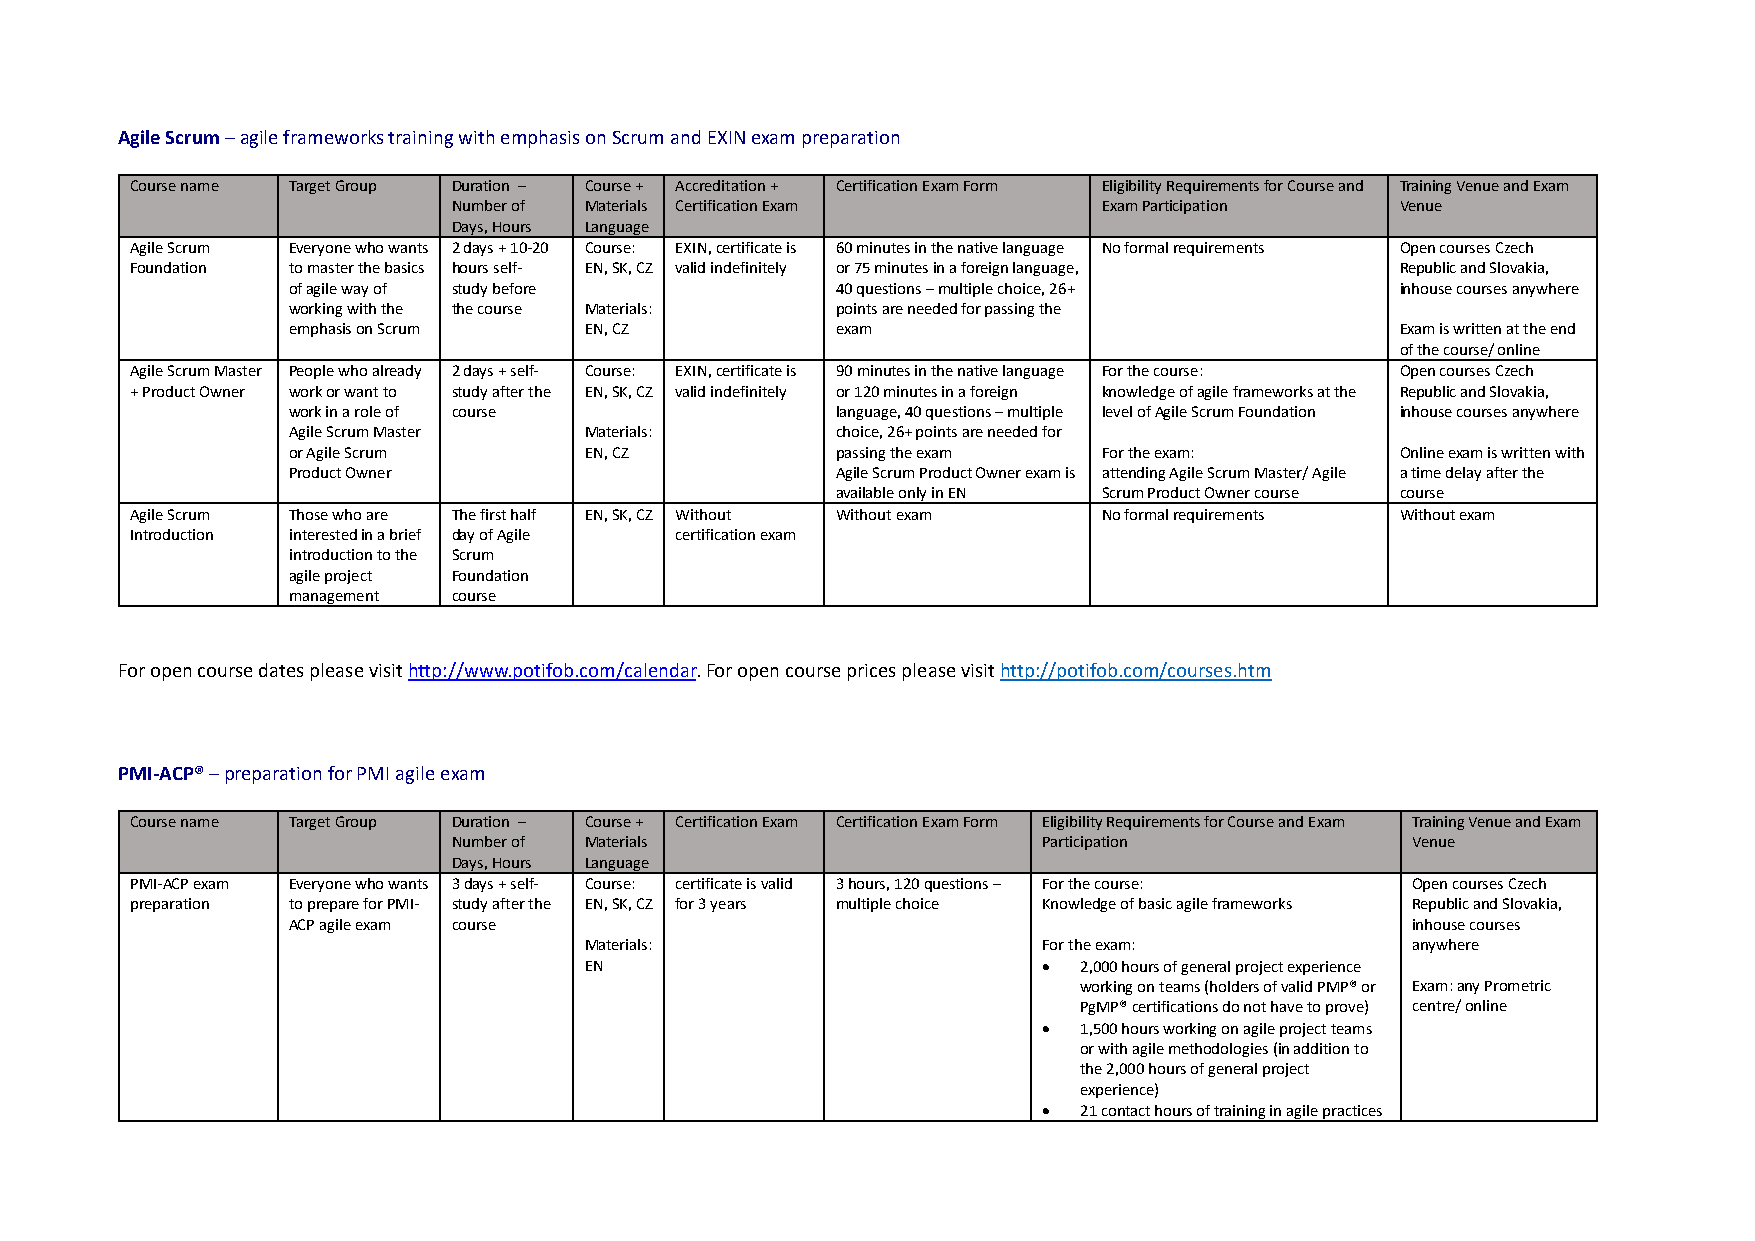
Agile Scrum – agile frameworks training with emphasis on Scrum and EXIN exam preparation
 Course name Target Group Duration – Course + Accreditation + Certification Exam Form Eligibility Requirements for Course and Training Venue and Exam
 Number of Materials Certification Exam     Exam Participation  Venue
 Days, Hours Language
 Agile Scrum Everyone who wants 2 days + 10-20 Course: EXIN, certificate is 60 minutes in the native language No formal requirements Open courses Czech
 Foundation to master the basics hours self- EN, SK, CZ valid indefinitely or 75 minutes in a foreign language, Republic and Slovakia,
 of agile way of study before        40 questions – multiple choice, 26+   inhouse courses anywhere
 working with the the course Materials: points are needed for passing the
 emphasis on Scrum   EN, CZ          exam                                  Exam is written at the end
 of the course/ online
 Agile Scrum Master People who already 2 days + self- Course: EXIN, certificate is 90 minutes in the native language For the course: Open courses Czech
 + Product Owner work or want to study after the EN, SK, CZ valid indefinitely or 120 minutes in a foreign knowledge of agile frameworks at the Republic and Slovakia,
 work in a role of course            language, 40 questions – multiple level of Agile Scrum Foundation inhouse courses anywhere
 Agile Scrum Master  Materials:      choice, 26+ points are needed for
 or Agile Scrum      EN, CZ          passing the exam  For the exam:       Online exam is written with
 Product Owner                       Agile Scrum Product Owner exam is attending Agile Scrum Master/ Agile a time delay after the
 available only in EN Scrum Product Owner course course
 Agile Scrum Those who are The first half EN, SK, CZ Without Without exam No formal requirements Without exam
 Introduction interested in a brief day of Agile certification exam
 introduction to the Scrum
 agile project Foundation
 management course
 For open course dates please visit http://www.potifob.com/calendar. For open course prices please visit http://potifob.com/courses.htm
 PMI-ACP® – preparation for PMI agile exam
 Course name Target Group Duration – Course + Certification Exam Certification Exam Form Eligibility Requirements for Course and Exam Training Venue and Exam
 Number of Materials                    Participation           Venue
 Days, Hours Language
 PMI-ACP exam Everyone who wants 3 days + self- Course: certificate is valid 3 hours, 120 questions – For the course: Open courses Czech
 preparation to prepare for PMI- study after the EN, SK, CZ for 3 years multiple choice Knowledge of basic agile frameworks Republic and Slovakia,
 ACP agile exam course                                                     inhouse courses
 Materials:                    For the exam:           anywhere
 EN                            • 2,000 hours of general project experience
 working on teams (holders of valid PMP® or Exam: any Prometric
 PgMP® certifications do not have to prove) centre/ online
 • 1,500 hours working on agile project teams
 or with agile methodologies (in addition to
 the 2,000 hours of general project
 experience)
 • 21 contact hours of training in agile practices